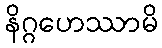
နိဂ္ဂဟေဿာမိ